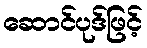
ဆောင်ပုဒ်ဖြင့်